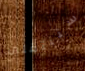
ستنتقلين